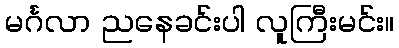
မင်္ဂလာ ညနေခင်းပါ လူကြီးမင်း။